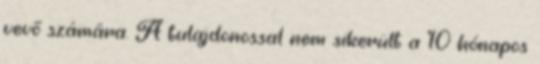
vevő számára. A tulajdonossal nem sikerült a 10 hónapos